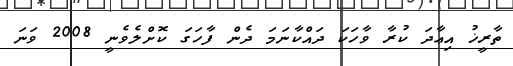
ތާރީޚު އިޢާދަ ކުރާ ވާހަަކަ ދައްކާނަމަ ދެން ފާހަގަ ކޮށްލެވެނީ 2008 ވަނަ